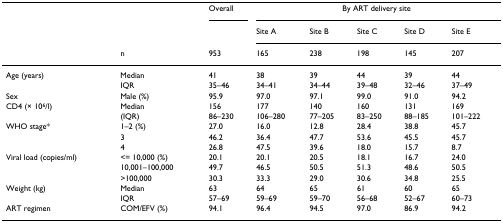
|  |  | Overall | <COLSPAN=5> By ART delivery site |
 |  |  |  | Site A | Site B | Site C | Site D | Site E |
 |  | n | 953 | 165 | 238 | 198 | 145 | 207 |
 | --- | --- | --- | --- | --- | --- | --- | --- |
 | Age (years) | Median | 41 | 38 | 39 | 44 | 39 | 44 |
 |  | IQR | 35–46 | 34–41 | 34–44 | 39–48 | 32–46 | 37–49 |
 | Sex | Male (%) | 95.9 | 97.0 | 97.1 | 99.0 | 91.0 | 94.2 |
 | CD4 (× 106/l) | Median | 156 | 177 | 140 | 160 | 131 | 169 |
 |  | (IQR) | 86–230 | 106–280 | 77–205 | 83–250 | 88–185 | 101–222 |
 | WHO stage* | 1–2 (%) | 27.0 | 16.0 | 12.8 | 28.4 | 38.8 | 45.7 |
 |  | 3 | 46.2 | 36.4 | 47.7 | 53.6 | 45.5 | 45.7 |
 |  | 4 | 26.8 | 47.5 | 39.6 | 18.0 | 15.7 | 8.7 |
 | Viral load (copies/ml) | <= 10,000 (%) | 20.1 | 20.1 | 20.5 | 18.1 | 16.7 | 24.0 |
 |  | 10,001–100,000 | 49.7 | 46.5 | 50.5 | 51.3 | 48.6 | 50.5 |
 |  | >100,000 | 30.3 | 33.3 | 29.0 | 30.6 | 34.8 | 25.5 |
 | Weight (kg) | Median | 63 | 64 | 65 | 61 | 60 | 65 |
 |  | IQR | 57–69 | 59–69 | 59–70 | 56–68 | 52–67 | 60–73 |
 | ART regimen | COM/EFV (%) | 94.1 | 96.4 | 94.5 | 97.0 | 86.9 | 94.2 |